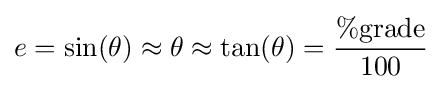
e=\sin(\theta )\approx \theta \approx \tan(\theta )={\frac {\%{\text{grade}}}{100}}